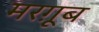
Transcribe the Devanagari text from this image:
मरग़ूूब